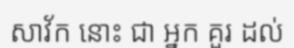
សាវ័ក នោះ ជា អ្នក គួរ ដល់